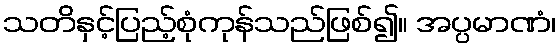
သတိနှင့်ပြည့်စုံကုန်သည်ဖြစ်၍။ အပ္ပမာဏံ၊